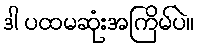
ဒါ ပထမဆုံးအကြိမ်ပဲ။